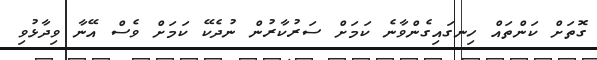
ގޮތަށް ކަންތައް ހިނގައިގެންވާނެ ކަމަށް ސަރުކާރުން ނުދެކޭ ކަމަށް ވެސް އޭނާ ވިދާޅުވި